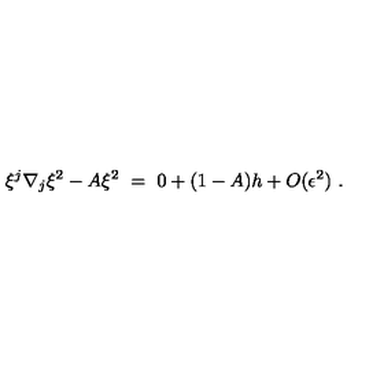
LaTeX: \xi ^ { j } \nabla _ { j } \xi ^ { 2 } - A \xi ^ { 2 } \ = \ 0 + ( 1 - A ) h + O ( \epsilon ^ { 2 } ) \ .